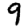
Digit: 9